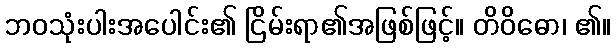
ဘဝသုံးပါးအပေါင်း၏ ငြိမ်းရာ၏အဖြစ်ဖြင့်။ တိဝိဓော၊ ၏။